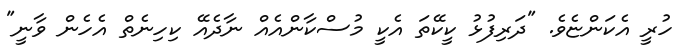
ހުރީ އެކަންޏެވެ. "ދަރިފުޅު ކީކޭތަ އެކީ މުސްކާންއެއް ނާދެއޭ ކިހިނެތް އެހެން ވާނީ"